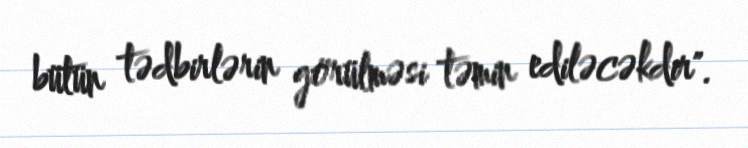
bütün tədbirlərin görülməsi təmin ediləcəkdir".